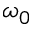
\omega _ { 0 }